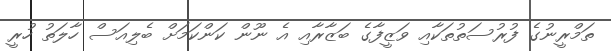
ތަމްރީނުގެ ފުރުސަތުތަކާއި ވަޒީފާގެ ބަޒާރާއި އެ ނޫން ކަންކަމަށް ބެލިއަސް ހާލަތު ހުރީ